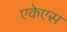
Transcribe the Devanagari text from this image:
एकेएस